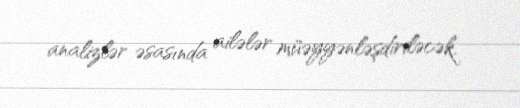
analizlər əsasında ailələr müəyyənləşdiriləcək.